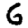
Digit: 6